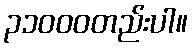
၃၁၀၀၀တည်းပါ။